Civil Veterinary Department Bihar & Orissa reports 1911-21 - 1911-1921
Year: 1911
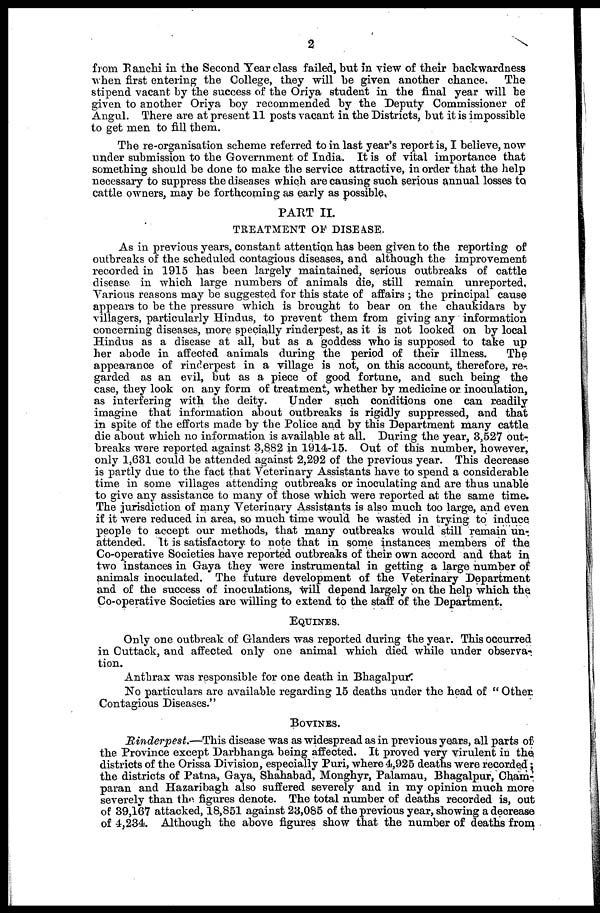
2
from Ranchi in the Second Year class failed, but in view of their backwardness
when first entering the College, they will be given another chance.
The
stipend vacant by the success of the Oriya student in the final year will be
given to another Oriya boy recommended by the Deputy Commissioner of
Angul. There are at present 11 posts vacant in the Districts, but it is impossible
to get men to fill them.
The re-organisation scheme referred to in last year's report is, I believe, now
under submission to the Government of India. It is of vital importance that
something should be done to make the service attractive, in order that the help
necessary to suppress the diseases which are causing such serious annual losses to
cattle owners, may be forthcoming us early as possible,
PART II.
TREATMENT OF DISEASE.
As in previous years, constant attention has been given to the reporting of
outbreaks of the scheduled contagious diseases, and although the improvement
recorded in 1915 has been largely maintained, serious outbreaks of cattle
disease in which large numbers of animals die, still remain unreported.
Various reasons may be suggested for this state of affairs ; the principal cause
appears to be the pressure which is brought to bear on the chaukidars by
villagers, particularly Hindus, to prevent them from giving any information
concerning diseases, more specially rinderpest, as it is not looked on by local
Hindus as a disease at all, but as a goddess who is supposed to take up
her abode in affected animals during the period of their illness.
The
appearance of rinderpest in a village is not, on this account, therefore, re-
garded as an evil, but as a piece of good fortune, and such being the
case, they look on any form of treatment, whether by medicine or inoculation,
as interfering with the deity.
Under such conditions one can readily
imagine that information about outbreaks is rigidly suppressed, and that
in spite of the efforts made by the Police and by this Department many cattle.
die about which no information is available at all. During the year, 3,527 out-,
breaks were reported against 3,882 in 1914-15. Out of this number, however,
only 1,631 could be attended against 2,292 of the previous year. This decrease
is partly due to the fact that Veterinary Assistants have to spend a considerable
time in some villages attending outbreaks or inoculating and are thus unable
to give any assistance to many of those which were reported at the same time.
The jurisdiction of many Veterinary Assistants is also much too large, and even
if it were reduced in area, so much time would be wasted in trying to induce
people to accept our methods, that many outbreaks would still remain un-
attended. It is satisfactory to note that in some instances members of the
Co-operative Societies have reported outbreaks of their. own accord and that in
two instances in Gaya they were instrumental in getting a large number of
animals inoculated. The future development of the Veterinary Department
and of the success of inoculations, will depend largely on the help which the
Co-operative Societies are willing to extend to the staff of the Department.
EQUINES.
Only one outbreak of Glanders was reported during the year. This occurred
in Cuttack, and affected only one animal which died while under observa-
tion.
Anthrax was responsible for one death in Bhagalpur.
No particulars are available regarding 15 deaths under the head of " Other.
Contagious Diseases."
BOVINES.
Rinderpest.—This
disease was as widespread as in previous years, all parts of
the Province except Darbhanga being affected. It proved very virulent in the.
districts of the Orissa Division, especially Puri, where 4,925 deaths were recorded ;
the districts of Patna, Gaya, Shahabad, Monghyr, Palamau, Bhagalpur, Cham-,
paran and Hazaribagh also suffered severely and in my opinion much more
severely than the figures denote. The total number of deaths recorded is, out
of 39,167 attacked, 18,851 against 23,085 of the previous year, showing a decrease
of 4,234. Although the above figures show that the number of deaths from